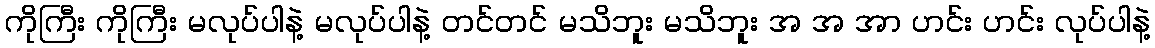
ကိုကြီး ကိုကြီး မလုပ်ပါနဲ့ မလုပ်ပါနဲ့ တင်တင် မသိဘူး မသိဘူး အ အ အာ ဟင်း ဟင်း လုပ်ပါနဲ့